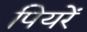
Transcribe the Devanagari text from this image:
पियरें